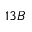
\ 1 3 B